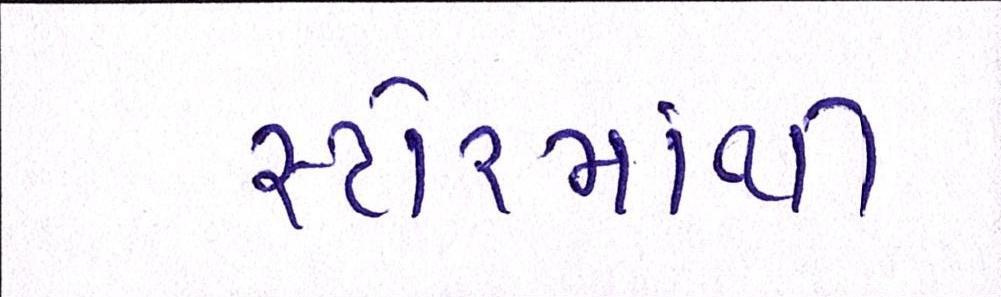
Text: સ્ટોરમાંથી